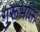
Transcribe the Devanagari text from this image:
गुरूभक्ति